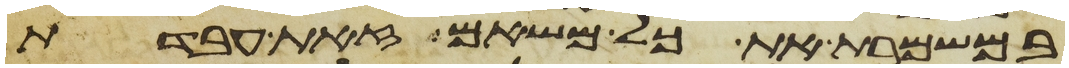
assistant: במשמרת את כל משאם זאת עבדת